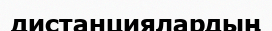
дистанциялардың